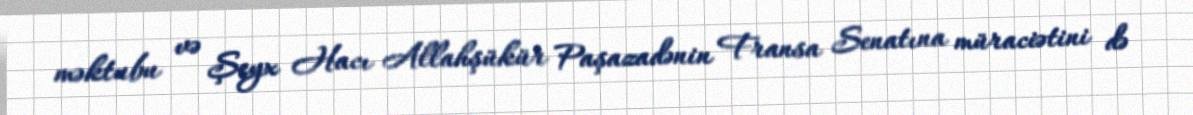
məktubu və Şeyx Hacı Allahşükür Paşazadənin Fransa Senatına müraciətini də